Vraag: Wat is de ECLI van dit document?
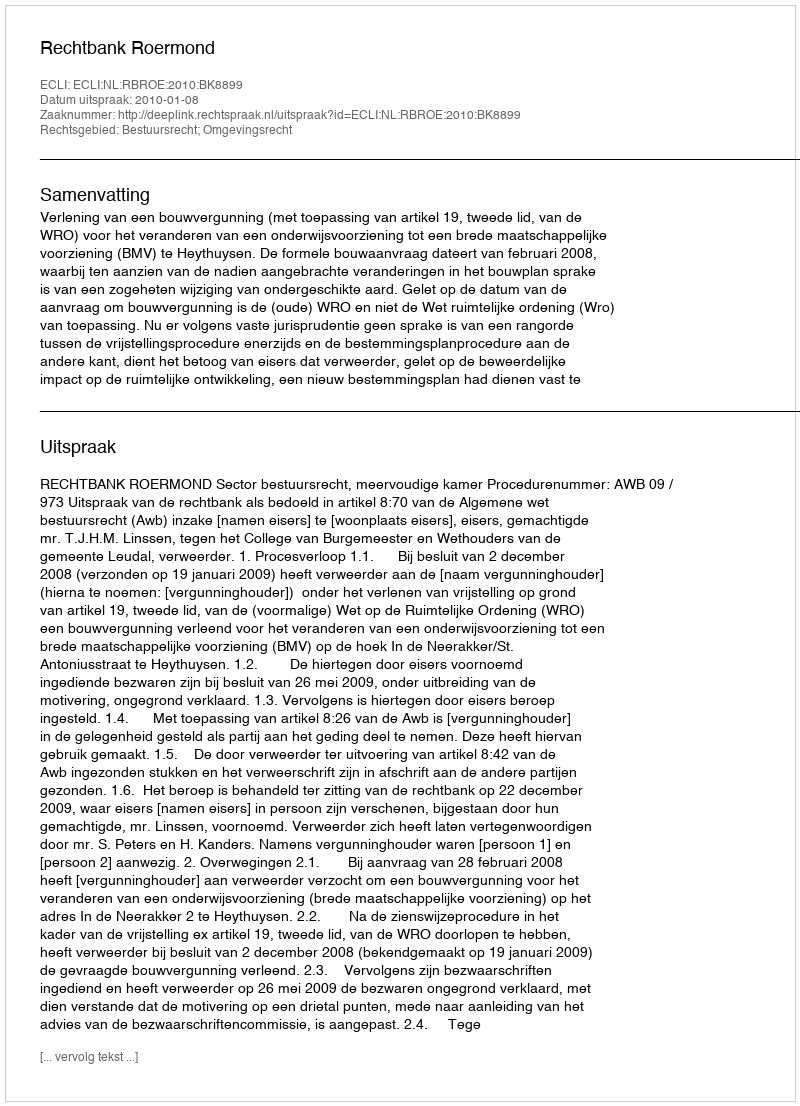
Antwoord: ECLI:NL:RBROE:2010:BK8899